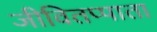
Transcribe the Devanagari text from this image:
जीवितप्पाता